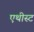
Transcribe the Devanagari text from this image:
एथीस्ट